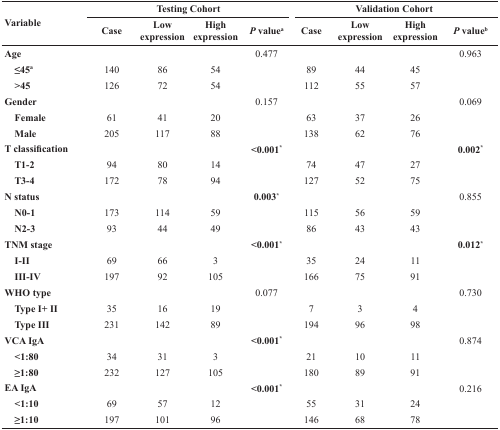
| <ROWSPAN=2> Variable | <COLSPAN=4> Testing Cohort | <COLSPAN=4> Validation Cohort |
 | Case | Low expression | High expression | P valuea | Case | Low expression | High expression | P valueb |
 | --- | --- | --- | --- | --- | --- | --- | --- | --- |
 | Age |  |  |  | 0.477 |  |  |  | 0.963 |
 | ≤45a | 140 | 86 | 54 |  | 89 | 44 | 45 |  |
 | >45 | 126 | 72 | 54 |  | 112 | 55 | 57 |  |
 | Gender |  |  |  | 0.157 |  |  |  | 0.069 |
 | Female | 61 | 41 | 20 |  | 63 | 37 | 26 |  |
 | Male | 205 | 117 | 88 |  | 138 | 62 | 76 |  |
 | T classification |  |  |  | <0.001* |  |  |  | 0.002* |
 | T1-2 | 94 | 80 | 14 |  | 74 | 47 | 27 |  |
 | T3-4 | 172 | 78 | 94 |  | 127 | 52 | 75 |  |
 | N status |  |  |  | 0.003* |  |  |  | 0.855 |
 | N0-1 | 173 | 114 | 59 |  | 115 | 56 | 59 |  |
 | N2-3 | 93 | 44 | 49 |  | 86 | 43 | 43 |  |
 | TNM stage |  |  |  | <0.001* |  |  |  | 0.012* |
 | I-II | 69 | 66 | 3 |  | 35 | 24 | 11 |  |
 | III-IV | 197 | 92 | 105 |  | 166 | 75 | 91 |  |
 | WHO type |  |  |  | 0.077 |  |  |  | 0.730 |
 | Type I+ II | 35 | 16 | 19 |  | 7 | 3 | 4 |  |
 | Type III | 231 | 142 | 89 |  | 194 | 96 | 98 |  |
 | VCA IgA |  |  |  | <0.001* |  |  |  | 0.874 |
 | <1:80 | 34 | 31 | 3 |  | 21 | 10 | 11 |  |
 | ≥1:80 | 232 | 127 | 105 |  | 180 | 89 | 91 |  |
 | EA IgA |  |  |  | <0.001* |  |  |  | 0.216 |
 | <1:10 | 69 | 57 | 12 |  | 55 | 31 | 24 |  |
 | ≥1:10 | 197 | 101 | 96 |  | 146 | 68 | 78 |  |